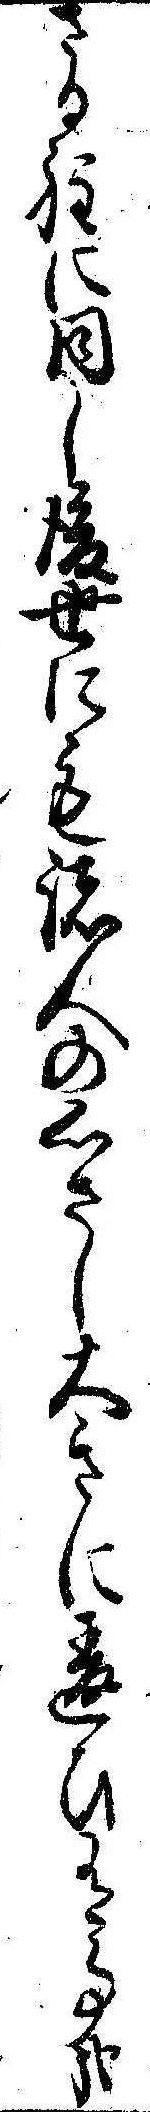
さる程に同し後世にも諸人の心さし大きに違ひ有事哉